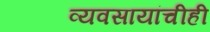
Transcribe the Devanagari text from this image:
व्यवसायांचीही